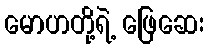
မောဟတို့ရဲ့ ဖြေဆေး